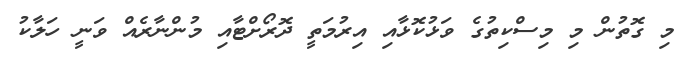
މި ގޮތުން މި މިސްކިތުގެ ވަޅުކޮޅާއި އިރުމަތީ ދޮރޯށްޓާއި މުންނާރެއް ވަނީ ހަލާކު